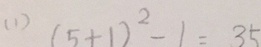
( 1 ) ( 5 + 1 ) ^ { 2 } - 1 = 3 5